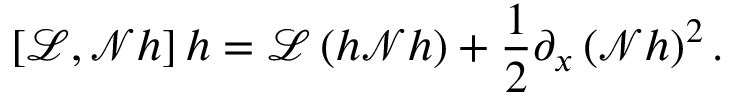
\left[ \mathscr { L } , \mathscr { N } h \right] h = \mathscr { L } \left( h \mathscr { N } h \right) + \frac { 1 } { 2 } \partial _ { x } \left( \mathscr { N } h \right) ^ { 2 } .